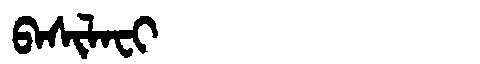
Manchu: ᠪᠠᠰᡳᠯᠠᠸᡳ
Romanization: BASILAFI